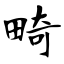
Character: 畸